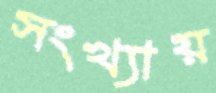
সংখ্যায়